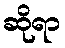
ဆိုရာ